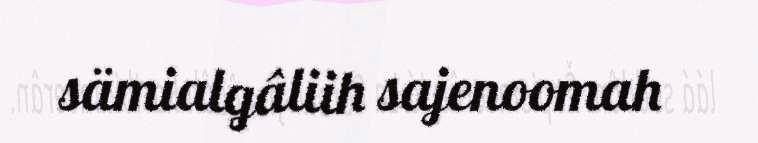
sämialgâliih sajenoomah